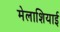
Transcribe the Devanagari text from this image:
मेलाशियाई